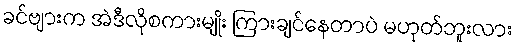
ခင်ဗျားက အဲဒီလိုစကားမျိုး ကြားချင်နေတာပဲ မဟုတ်ဘူးလား